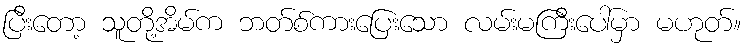
ပြီးတော့ သူတို့အိမ်က ဘတ်စ်ကားပြေးသော လမ်းမကြီးပေါ်မှာ မဟုတ်။